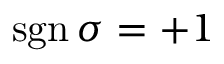
\operatorname { s g n } \sigma = + 1